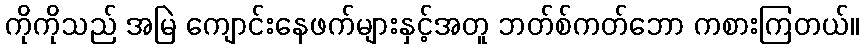
ကိုကိုသည် အမြဲ ကျောင်းနေဖက်များနှင့်အတူ ဘတ်စ်ကတ်ဘော ကစားကြတယ်။